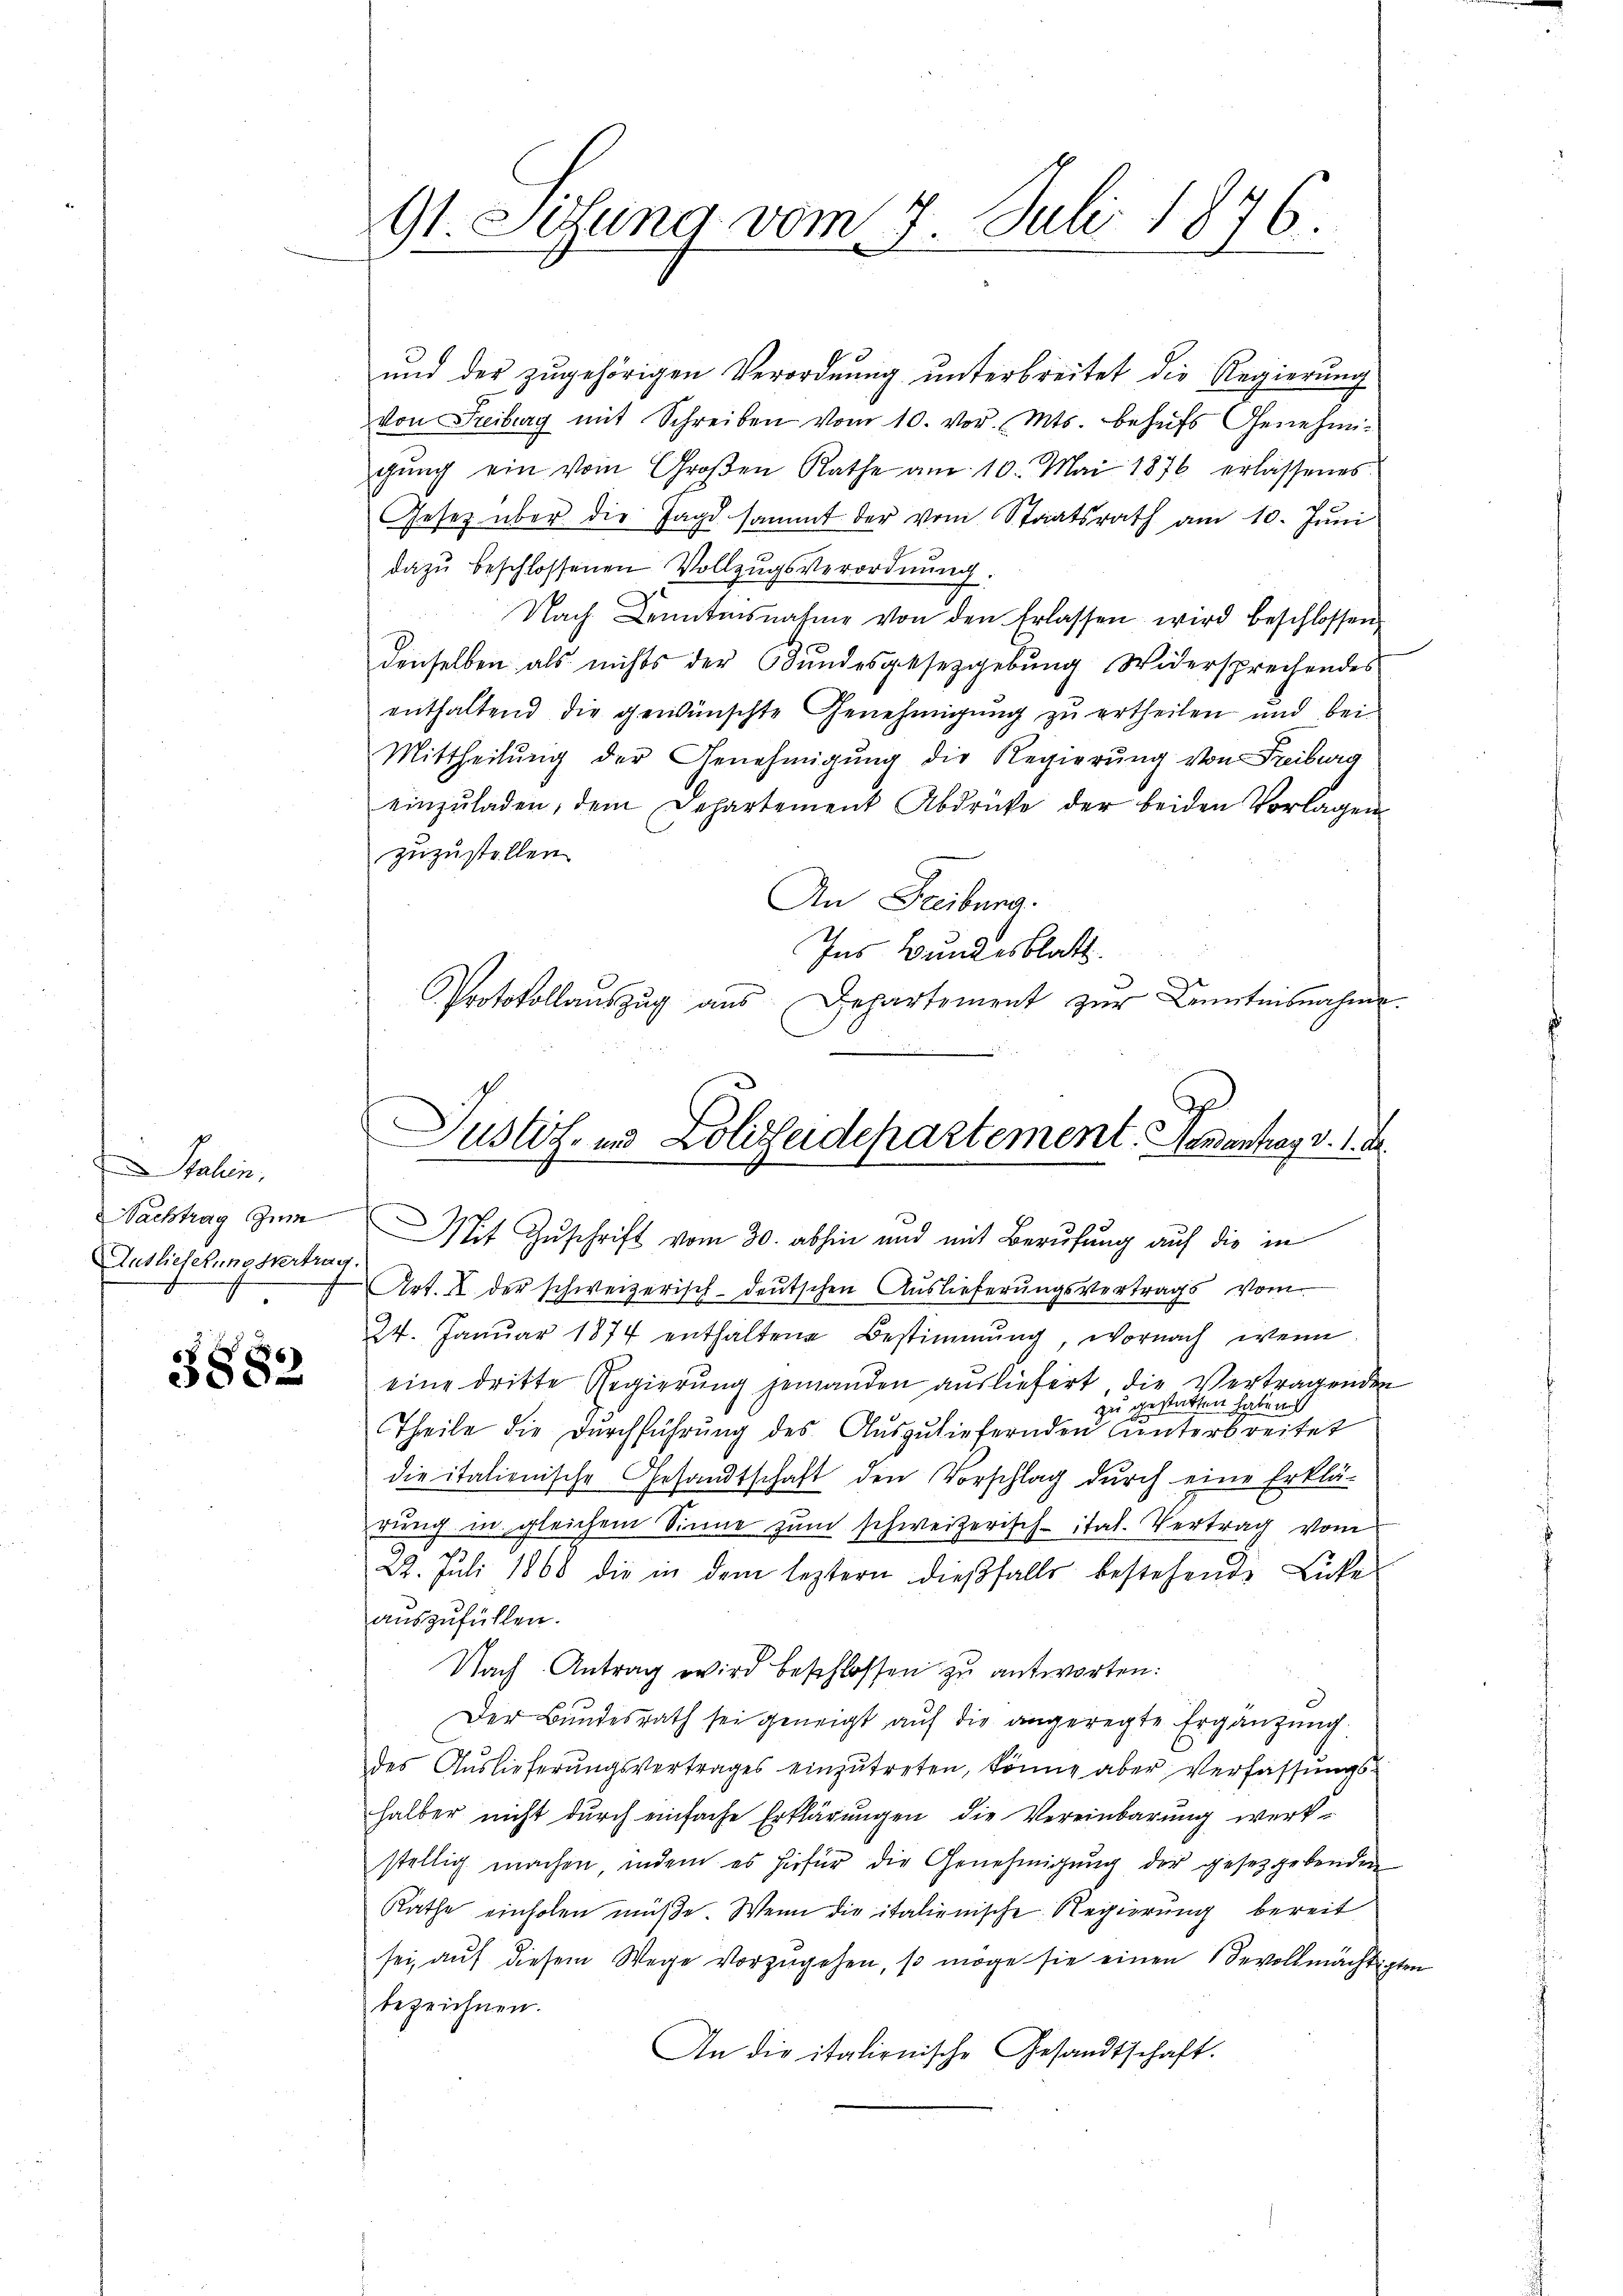
Gallein.
Nachtrag zum
Ausliefernesvertrag

3882

9t. Sitzung vom 7. Juli 1876.

und der zugehörigen Verordnung unterbreitet die Regierung
von Freiburg mit Schreiben vom 10. vor. Mts. behufs Genehmigŭng ein vom Groβen Rathe am 10. Mai 1876 erlassenes
Gesetz über die Jagd sammt der vom Staatsrath am 10. Juni
dazŭ beschlossenen Vollzugsverordnŭng.
Nach Kenntnisnahme von den Erlassen wird beschlossen,
denselben als nichts der Bundesgesetzgebung Widersprechendes
enthaltend die gewünschte Genehmigung zu ertheilen und bei
Mittheilŭng der Genehmigŭng die Regierŭng von Freiburg
einzŭladen, dem Departement Abdrücke der beiden Vorlagen
zuzustellen
An Freibung.
Ins Bundesblatt.
it Zuschrift vom 30. abhin und mit Berufung auf die in
Art. X der schweizerisch-deutschen Auslieferungsvertrags vom
24. Janŭar 1874 enthaltene Bestimmung, wornach wenn
eine dritte Regierung jemanden ausliefert, die Vertragenden
zu gestatten habe nich
Theile die Durchführung des Auszuliefernden Unterbreitet
die italienische Gesandtschaft den Vorschlag durch eine Erklä-
rung in gleichem Sinne zum schweizerisch-itat. Vertrag vom
22. Juli 1868 die in dem leztern dießfalls bestehende Lücke
auszufüllen.
Nach Antrag wird beschlossen zu antworten:
Der Bundesrath sei geneigt aŭf die angeregte Ergänzung.
des Aŭslieferŭngsvertrages einzŭtreten, könne aber Verfassŭngs-
halber nicht durch einfache Erklärungen die Vereinbarung werk-
stellig machen, indem es hiefür die Genehmigŭng der gesetzgebenden
Rathe einholen müße. Wenn die italienische Regierung bereit
sei, aŭf diesem Wege vorzŭgehen, so möge sie einen Bevollmächtigten
bezeichnen.
An die italienische Gesandtschaft.

Protokollaŭszŭg aŭs Departement zŭr Kenntnisnahme.
Justiz- und Polizeidepartement. Damentrag v. 1. d.